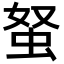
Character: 𧉭